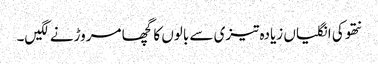
نتھو کی انگلیاں زیادہ تیزی سے بالوں کا گچھا مروڑنے لگیں۔